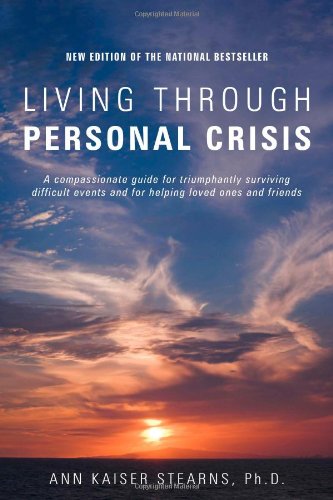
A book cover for Living Through Personal Crisis; Ann Kaiser Stearns; Self-Help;